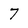
Character: 7